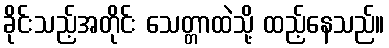
ခိုင်းသည့်အတိုင်း သေတ္တာထဲသို့ ထည့်နေသည်။